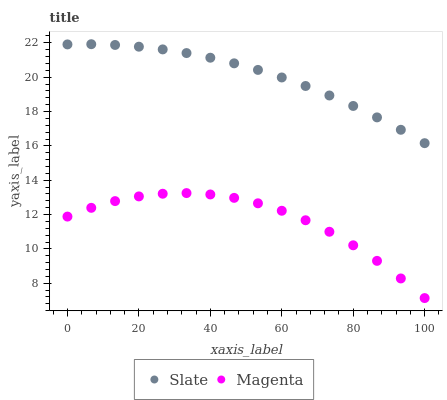
| xaxis_label | Slate | Magenta |
 | --- | --- | --- |
 | 0 | 21.9 | 11.9 |
 | 6.67 | 21.9 | 12.4 |
 | 13.3 | 21.9 | 12.8 |
 | 20 | 21.8 | 13.1 |
 | 26.7 | 21.6 | 13.2 |
 | 33.3 | 21.4 | 13.3 |
 | 40 | 21.1 | 13.2 |
 | 46.7 | 20.8 | 13 |
 | 53.3 | 20.4 | 12.7 |
 | 60 | 20 | 12.2 |
 | 66.7 | 19.5 | 11.7 |
 | 73.3 | 18.9 | 11 |
 | 80 | 18.3 | 10.2 |
 | 86.7 | 17.7 | 9.3 |
 | 93.3 | 16.9 | 8.28 |
 | 100 | 16.2 | 7.14 |